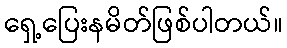
ရှေ့ပြေးနမိတ်ဖြစ်ပါတယ်။